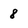
Character: 8